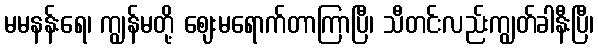
မမနန်းရေ၊ ကျွန်မတို့ ဈေးမရောက်တာကြာပြီ၊ သီတင်းလည်းကျွတ်ခါနီးပြီ၊